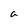
Character: a